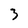
Character: 3